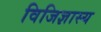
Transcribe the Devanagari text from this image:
विजिज्ञास्य